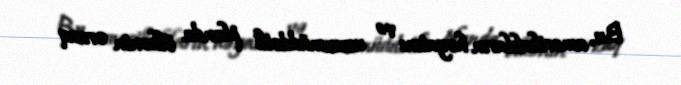
Bu, amerikalıların həyatını və uzunmüddətli planda ölkənin ərzaq